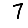
Digit: 7